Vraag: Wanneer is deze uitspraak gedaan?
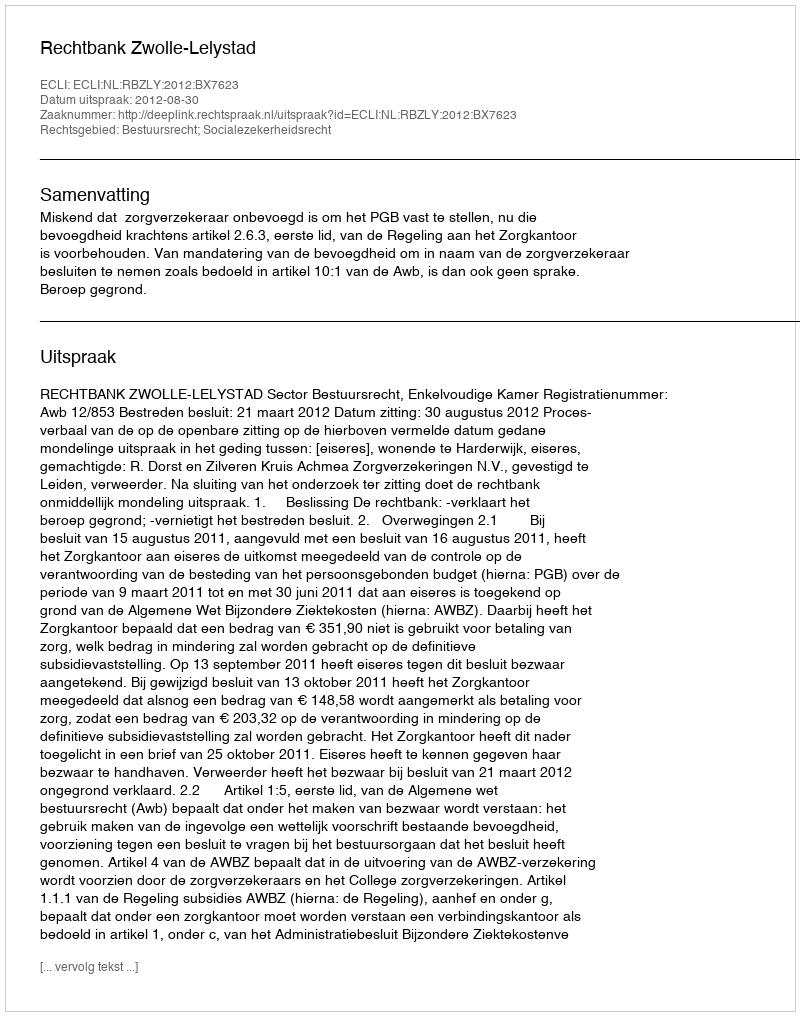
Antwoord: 2012-08-30